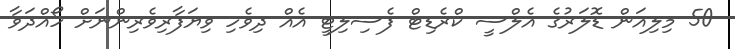
50 މިލިއަން ޑޮލަރުގެ އެލްސީ ކްރެޑިޓް ފެސިލިޓީ އެއް ދިވެހި ވިޔަފާރިވެރިންނަށް ހޯއްދަވާ